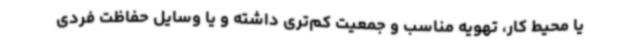
یا محیط کار، تهویه مناسب و جمعیت کم‌تری داشته و یا وسایل حفاظت فردی